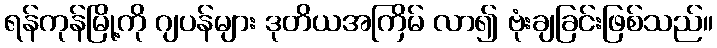
ရန်ကုန်မြို့ကို ဂျပန်များ ဒုတိယအကြိမ် လာ၍ ဗုံးချခြင်းဖြစ်သည်။